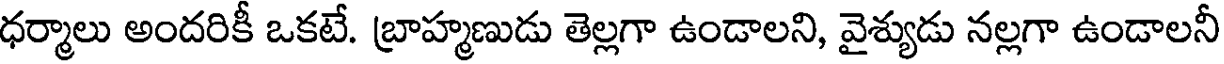
ధర్మాలు అందరికీ ఒకటే. బ్రాహ్మణుడు తెల్లగా ఉండాలని, వైశ్యుడు నల్లగా ఉండాలనీ